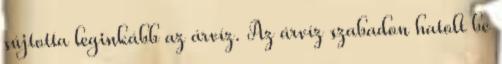
sújtotta leginkább az árvíz. Az árvíz szabadon hatolt be